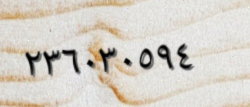
٢٣٦٠٣٠٥٩٤